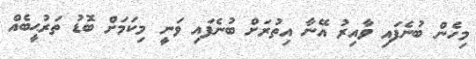
މިހެން ބުނެފައި ވާއިރު އޭނާ އިތުރަށް ބުނެފައި ވަނީ މިކަމަށް ބޮޑު ތަރުޙީބެއް